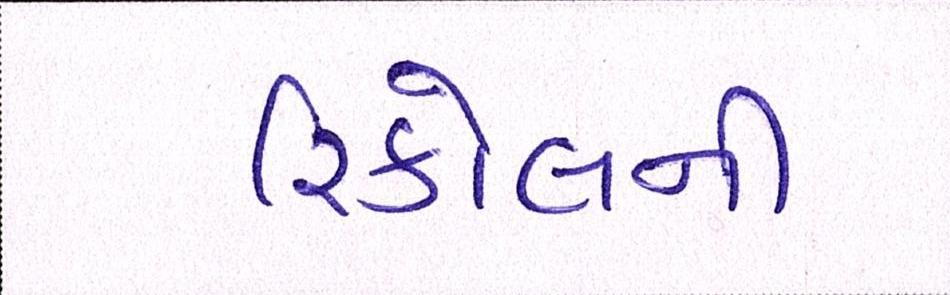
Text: રિકોલની